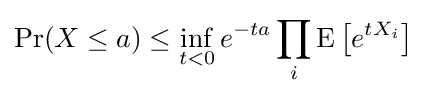
\Pr(X\leq a)\leq \inf _{t<0}e^{-ta}\prod _{i}\operatorname {E} \left[e^{tX_{i}}\right]